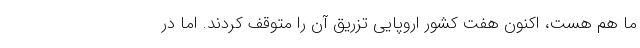
ما هم هست، اکنون هفت کشور اروپایی تزریق آن را متوقف کردند. اما در